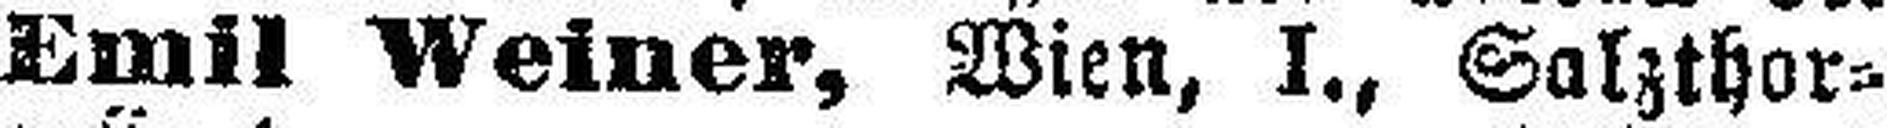
Emil Weiner, Wien, I., Salzthor¬